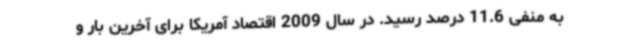
به منفی 11.6 درصد رسید. در سال 2009 اقتصاد آمریکا برای آخرین بار و